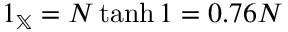
1 _ { \mathbb { X } } = N \operatorname { t a n h } 1 = 0 . 7 6 N